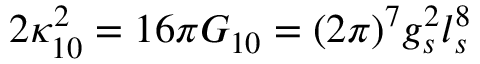
2 \kappa _ { 1 0 } ^ { 2 } = 1 6 \pi G _ { 1 0 } = ( 2 \pi ) ^ { 7 } g _ { s } ^ { 2 } l _ { s } ^ { 8 }